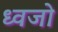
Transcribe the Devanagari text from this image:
ध्वजो